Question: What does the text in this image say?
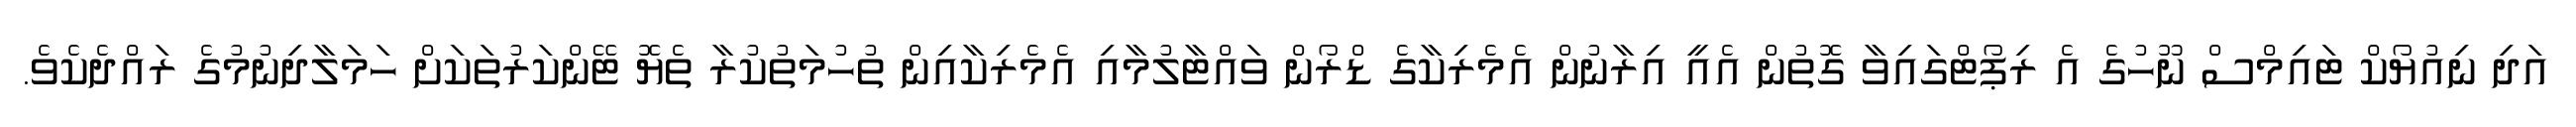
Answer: އަދި ނިއުޔޯކް ޓައިމްސް ނޫހުގެ އެ ރިޕޯޓްގައިވާ ގޮތުން އެއީ އިރާނުން އެމެރިކާގެ ޑްރޯން ވައްޓާލުމާއި އެމެރިކާއިން ތުހުމަތުކުރާ ތެޔޮ ޓޭންކަރުތަކަށް ހަމަލާދިނުމުގެ ރައްދެކެވެ.